Civil Veterinary Dept. Bombay admin report 1923-31 - 1923-1931
Year: 1923
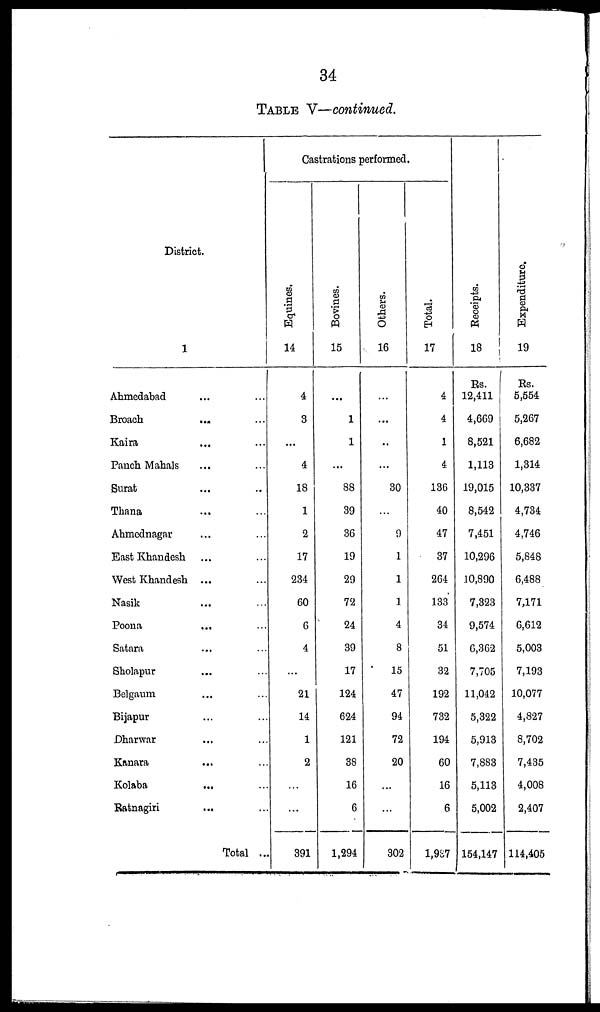
34
TABLE V—continued.
District.
1
Ahmedabad ... ...
Broach ... ...
Kaira ... ...
Panch Mahals ... ...
Surat ... ..
Thana ... ...
Ahmednagar ... ...
East Khandesh ... ...
West Khandesh ... ...
Nasik ... ...
Poona
... ...
Satara ... ...
Sholapur ... ...
Belgaum ... ...
Bijapur ... ...
Dharwar ... ...
Kanara ... ...
Kolaba ... ...
Ratnagiri ... ...
Total ...
Castrations performed.
Equines.
14
4
3
...
4
18
1
2
17
234
60
6
4
...
21
14
1
2
...
...
391
Bovines.
15
...
1
1
...
88
39
36
19
29
72
24
39
17
124
624
121
38
16
6
1,294
Others.
16
...
...
..
...
30
...
9
1
1
1
4
8
15
47
94
72
20
...
...
302
Total.
17
4
4
1
4
136
40
47
37
264
133
34
51
32
192
732
194
60
16
6
1,987
Receipts.
18
Rs.
12,411
4,669
8,521
1,113
19,015
8,542
7,451
10,296
10,890
7,323
9,574
6,362
7,705
11,042
5,322
5,913
7,883
5,113
5,002
154,147
Expenditure.
19
Rs.
5,554
5,267
6,682
1,314
10,337
4,734
4,746
5,848
6,488
7,171
6,612
5,003
7,193
10,077
4,827
8,702
7,435
4,008
2,407
114,405